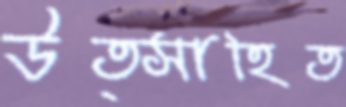
উত্সাহিত